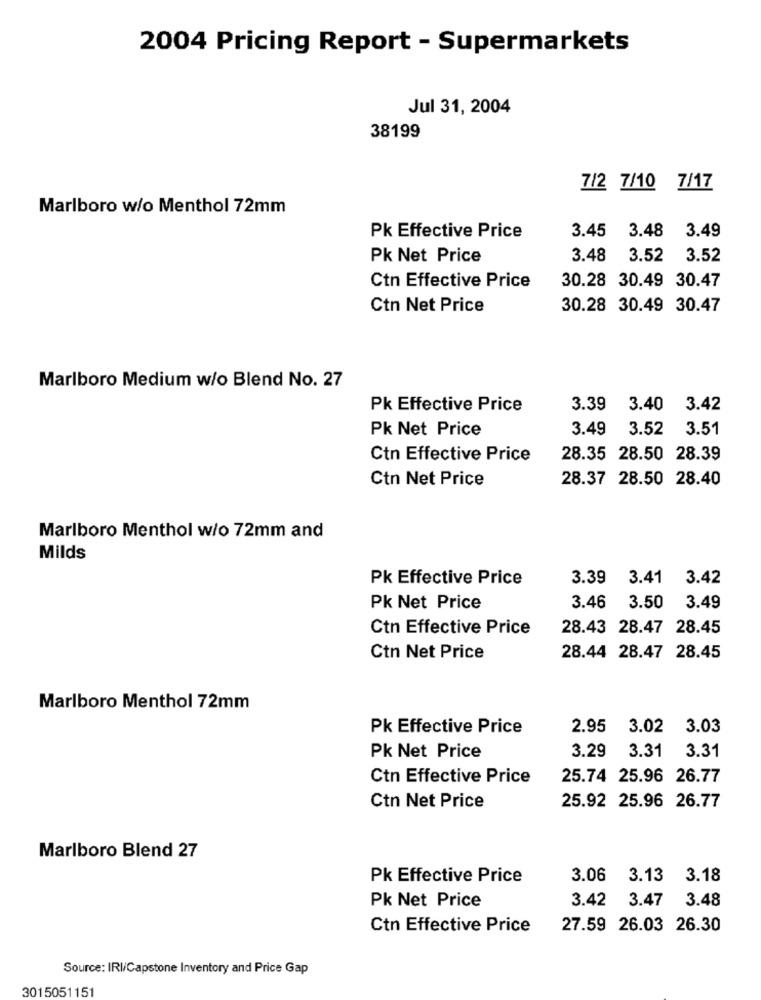
2004 Pricing Report - Supermarkets
Jul 31, 2004
38199
7/2 7/10 7/17
Marlboro w/o Menthol 72mm
3.45
3.48
3.49
Pk Effective Price
Pk Net Price
3.48
3.52
3.52
30.28 30.49 30.47
Ctn Effective Price
Ctn Net Price
30.28 30.49 30.47
Marlboro Medium w/o Blend No. 27
Pk Effective Price
3.39
3.40
3.42
Pk Net Price
3.49
3.52
3.51
Ctn Effective Price
28.35 28.50 28.39
Ctn Net Price
28.37 28.50 28.40
Marlboro Menthol w/o 72mm and
Milds
Pk Effective Price
3.39
3.41
3.42
Pk Net Price
3.46
3.50
3.49
Ctn Effective Price
28.43 28.47 28.45
Ctn Net Price
28.44 28.47 28.45
Marlboro Menthol 72mm
Pk Effective Price
2.95
3.02
3.03
3.29
3.31
3.31
Pk Net Price
Ctn Effective Price
25.74 25.96 26.77
Ctn Net Price
25.92 25.96 26.77
Marlboro Blend 27
Pk Effective Price
3.06 3.13
3.18
Pk Net Price
3.42 3.47 3.48
Ctn Effective Price
27.59 26.03 26.30
Source: IRI/Capstone Inventory and Price Gap
3015051151